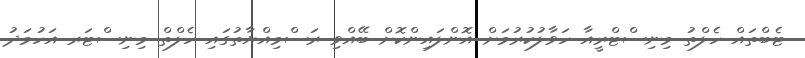
ޓެބްތައް ހެލްތު މިނިސްޓްރީއާ ހަވާލުކުރުމަށް އޮންލައިންކޮށް ބޭއްވި ރަސްމިއްޔާތުގައި ހެލްތް މިނިސްޓަރ އަހުމަދު